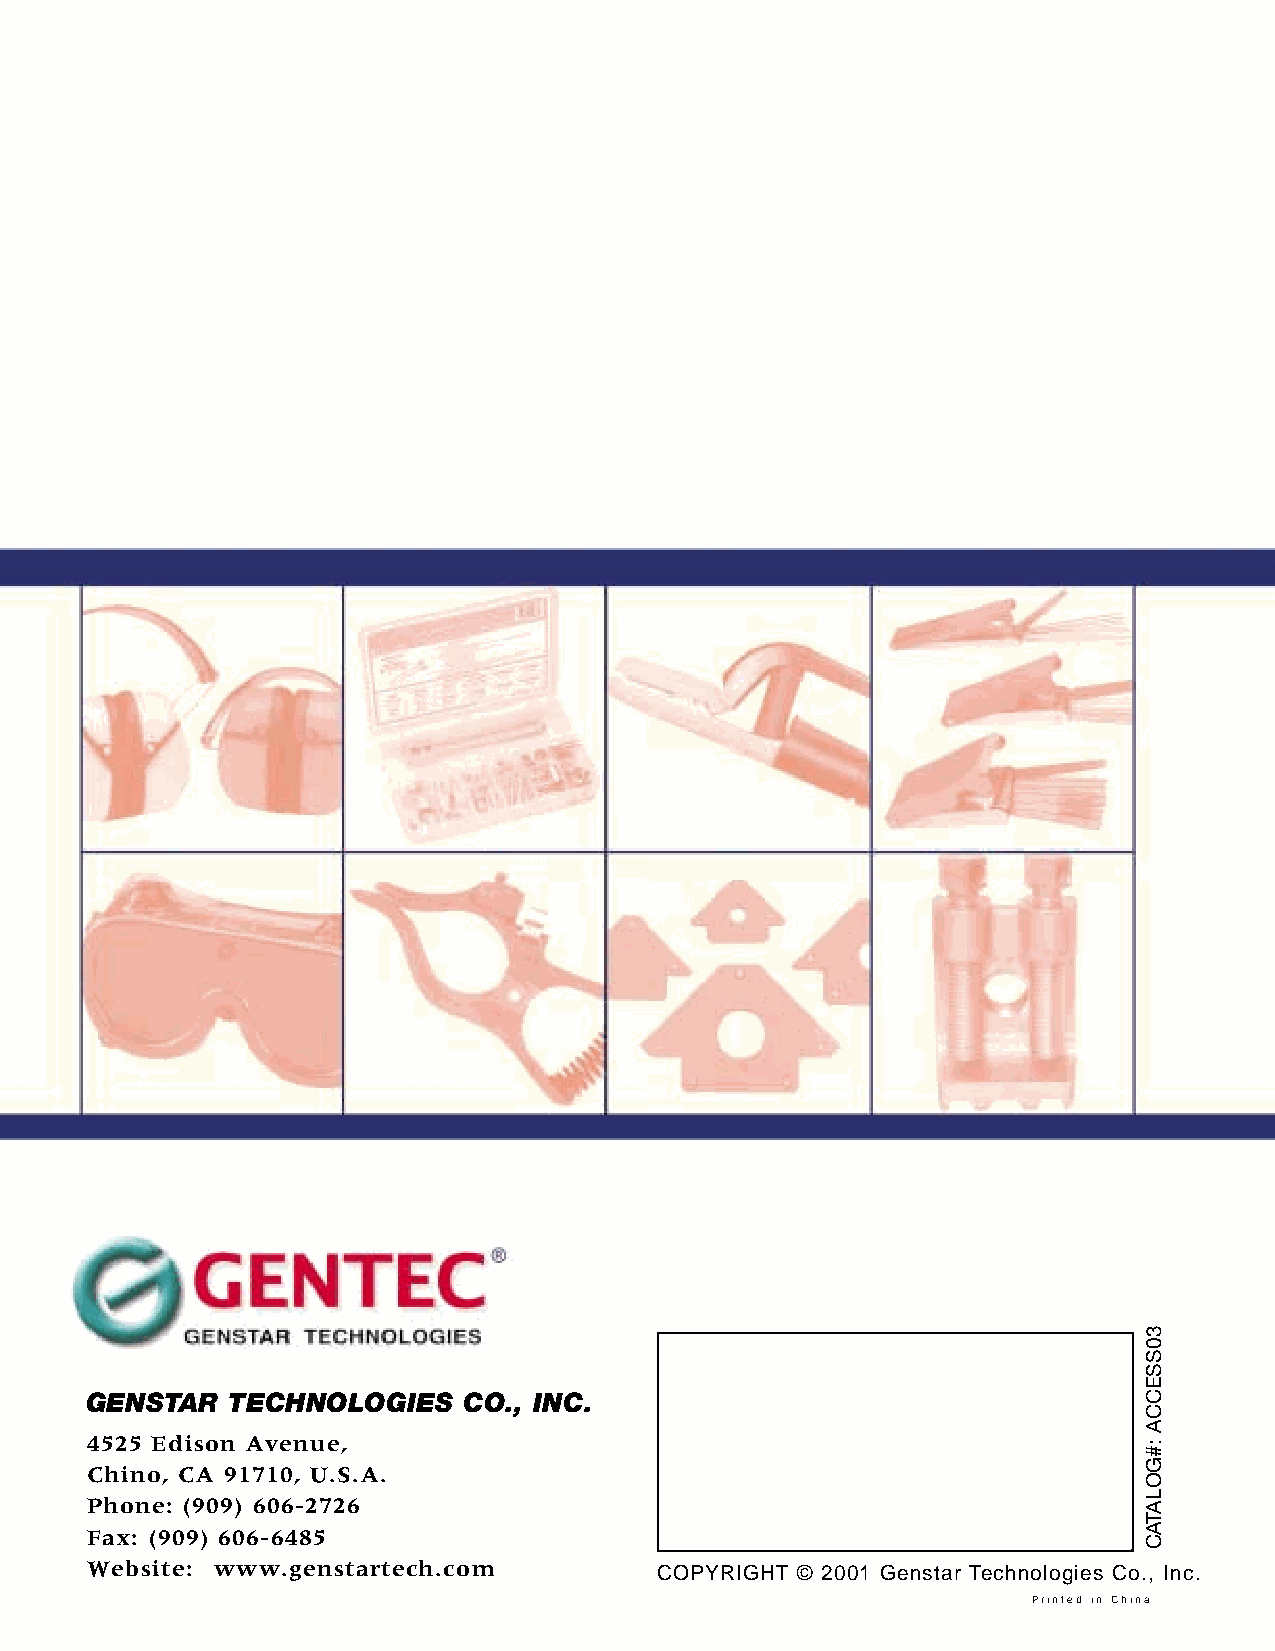
GENSTAR  TECHNOLOGIES    CO., INC.
 4525 Edison Avenue,
 Chino, CA 91710, U.S.A.
 Phone: (909) 606-2726
 Fax: (909) 606-6485
 Website: www.genstartech.com         COPYRIGHT © 2001 Genstar Technologies Co., Inc.
 Printed in China
 30SSECCA
 :#GOLATAC